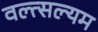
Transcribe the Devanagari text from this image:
वल्त्सल्यम